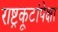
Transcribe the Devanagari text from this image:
राष्ट्रकूटांपेक्षा